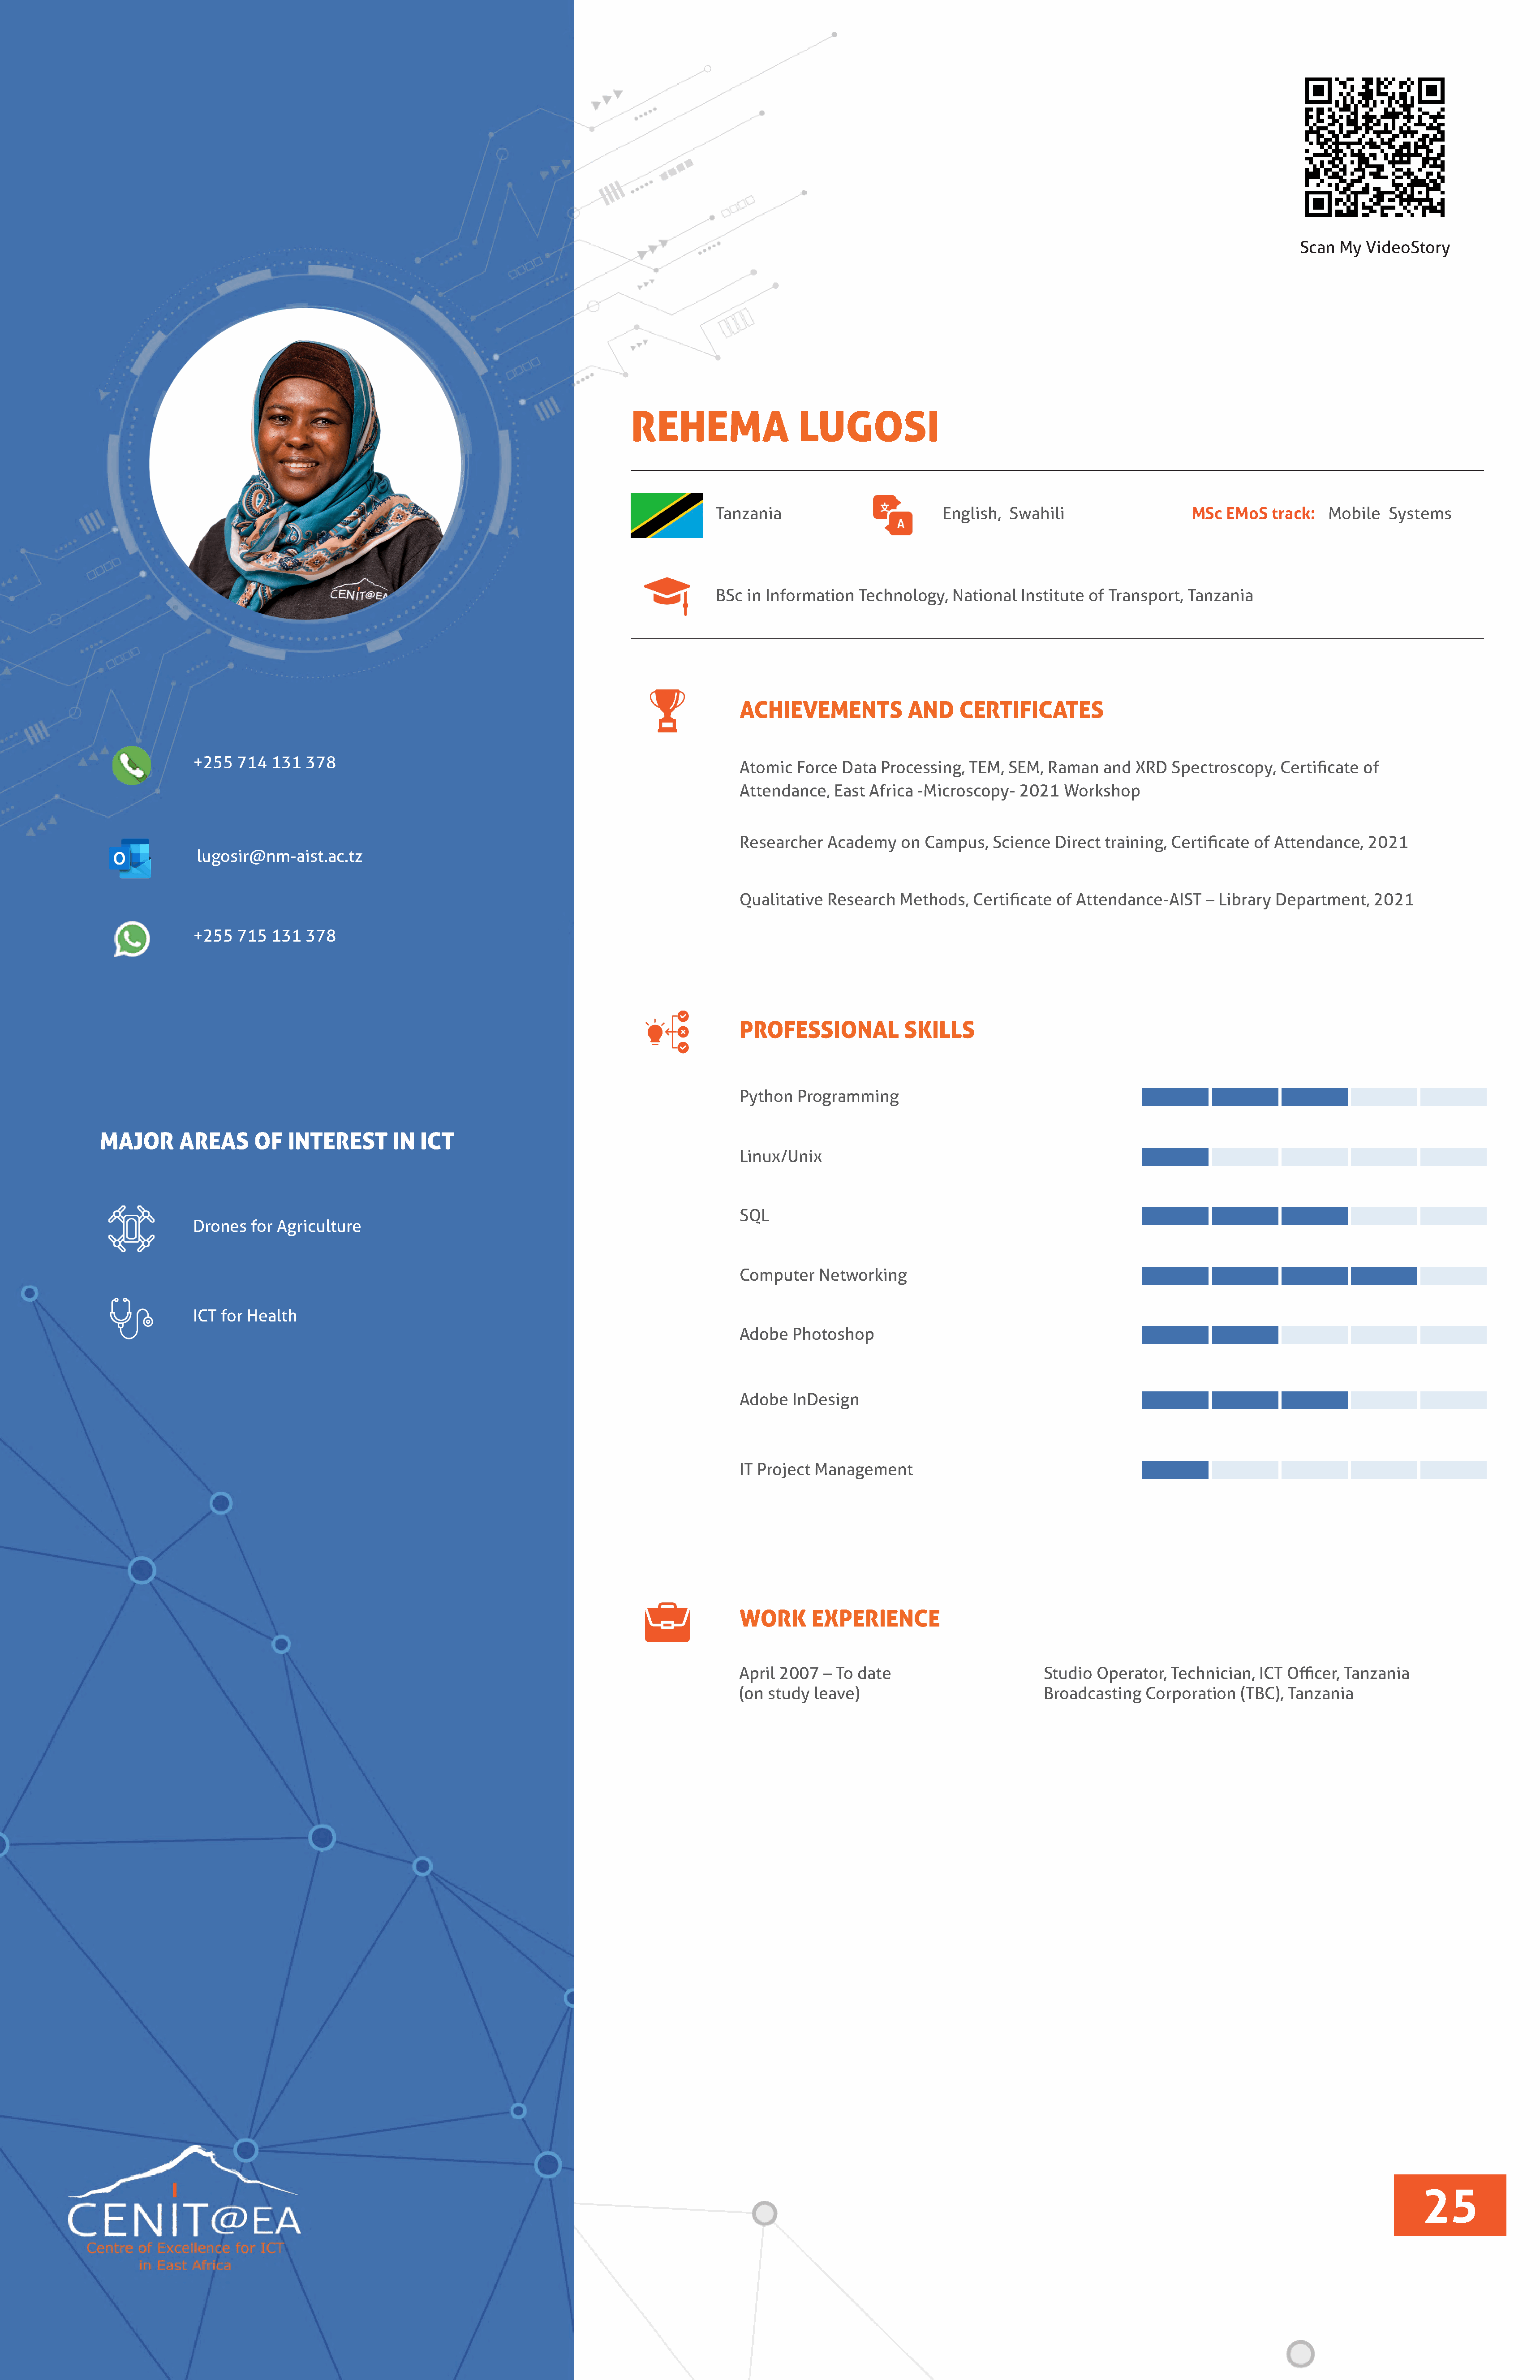
Scan  My  VideoStory
 REHEMA                   LUGOSI
 Tanzania                         English,  Swahili                    MSc  EMoS   track:  Mobile   Systems
 BSc in Information   Technology,   National  Institute of Transport,  Tanzania
 ACHIEVEMENTS             AND     CERTIFICATES
 +255  714  131  378
 Atomic   Force Data  Processing,  TEM,  SEM,  Raman   and  XRD  Spectroscopy,   Certificate of
 Attendance,   East Africa  -Microscopy-   2021  Workshop
 Researcher   Academy    on  Campus,   Science  Direct training, Certificate of Attendance,   2021
 lugosir@nm-aist.ac.tz
 Qualitative  Research   Methods,   Certificate of Attendance-AIST    – Library Department,    2021
 +255  715  131  378
 PROFESSIONAL             SKILLS
 Python   Programming
 MAJOR      AREAS       OF   INTEREST       IN  ICT
 Linux/Unix
 SQL
 Drones  for Agriculture
 Computer    Networking
 ICT for Health
 Adobe   Photoshop
 Adobe   InDesign
 IT Project Management
 WORK       EXPERIENCE
 April 2007   – To date                       Studio  Operator,  Technician,  ICT Officer, Tanzania
 (on study  leave)                            Broadcasting   Corporation   (TBC), Tanzania
 25